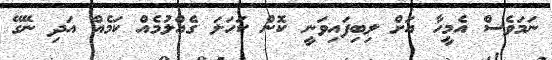
ނަމަވެސް އެމީހާ އަށް ލިބިފައިވަނީ ކޮން ކަހަލަ ގެއްލުމެއް ކަމެއް އަދި ނޭގޭ